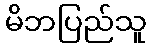
မိဘပြည်သူ